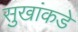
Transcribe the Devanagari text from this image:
सुखांकडे